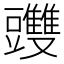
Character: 䝄